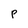
Character: P